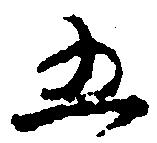
五